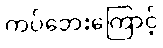
ကပ်ဘေးကြောင့်